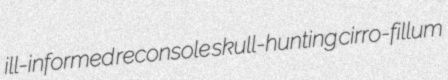
ill-informed reconsole skull-hunting cirro-fillum